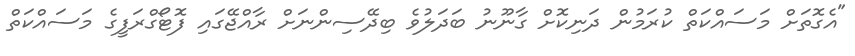
"އެގޮތަށް މަސައްކަތް ކުރަމުން ދަނިކޮށް ގާނޫނު ބަދަލުވެ ބިދޭސިންނަށް ރާއްޖޭގައި ފޮޓޯގްރަފީގެ މަަސައްކަތް